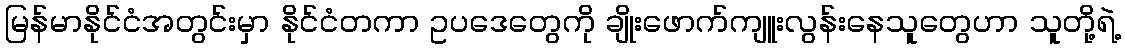
မြန်မာနိုင်ငံအတွင်းမှာ နိုင်ငံတကာ ဥပဒေတွေကို ချိုးဖောက်ကျူးလွန်းနေသူတွေဟာ သူတို့ရဲ့